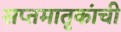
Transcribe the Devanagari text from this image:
सप्तमातृकांची